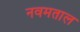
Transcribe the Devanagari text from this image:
नवमताल